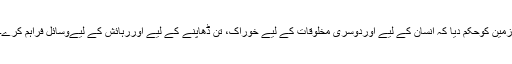
زمین کوحکم دیا کہ انسان کے لیے اوردوسری مخلوقات کے لیے خوراک، تن ڈھاپنے کے لیے اوررہائش کے لیےوسائل فراہم کرے۔